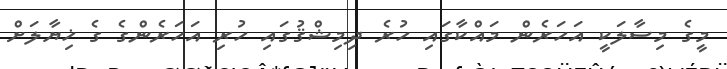
މީގެ މިސާލަކީ އަހަރެން މައްކާގައި ހުރެ ދިމިޝްޤުގައި ހުރި އަހަރެންގެ ގެ ޚިޔާލަށް